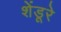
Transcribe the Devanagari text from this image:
शेंडूरे